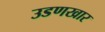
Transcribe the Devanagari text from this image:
उडणखार